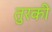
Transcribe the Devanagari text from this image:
तुरकी